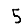
Digit: 5